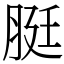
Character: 脡